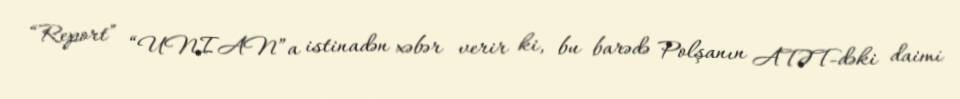
“Report” “UNIAN”a istinadən xəbər verir ki, bu barədə Polşanın ATƏT-dəki daimi